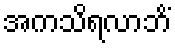
အကသိရလာဘိံ